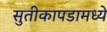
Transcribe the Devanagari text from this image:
सुतीकापडामध्ये